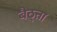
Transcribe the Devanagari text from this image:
बैठ्ता